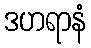
ဒဟရာနံ